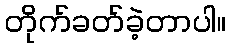
တိုက်ခတ်ခဲ့တာပါ။